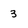
Character: 3